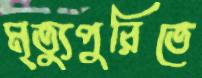
মৃত্যুপুরিতে